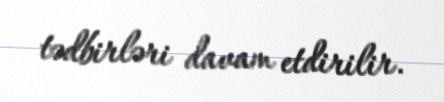
tədbirləri davam etdirilir.